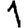
Digit: 1